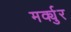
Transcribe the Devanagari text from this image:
मर्क्युर